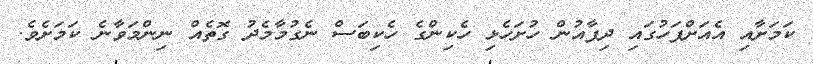
ކަމަށާއި އެއަށްފަހުގައި ދިފާއުން ހުށަހެޅި ހެކިންގެ ހެކިބަސް ނެގުމާމެދު ގޮތެއް ނިންމަވާނެ ކަމަށެވެ.